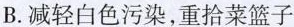
B.减轻白色污染，重拾菜篮子